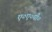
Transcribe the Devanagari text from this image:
ए०ए०पी०